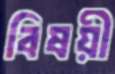
বিষয়ী